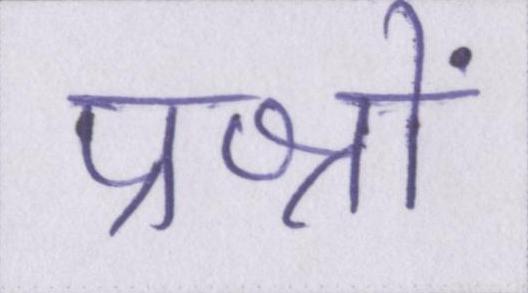
प्रश्नों